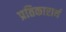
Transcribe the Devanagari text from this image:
प्रतिकारार्थ